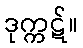
ဒုက္ကဋ်။